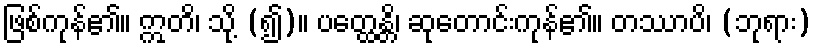
ဖြစ်ကုန်၏။ ဣတိ၊ သို့ (၍)။ ပတ္ထေန္တိ၊ ဆုတောင်းကုန်၏။ တဿာပိ၊ (ဘုရား)